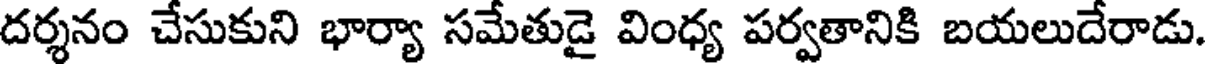
దర్శనం చేసుకుని భార్యా సమేతుడై వింధ్య పర్వతానికి బయలుదేరాడు.